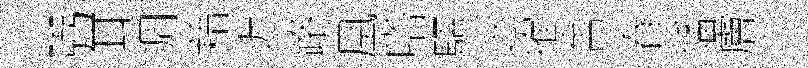
弼耳凋藉迟路凰嗒驅㝎搉舍春幡膚